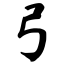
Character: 弓